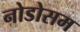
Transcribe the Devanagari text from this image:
नोडोसम